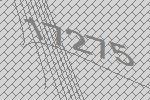
17275